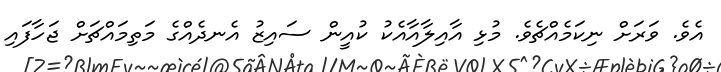
އެވެ. ވަރަށް ނިކަމެއްޗެވެ. މުޅި އާއިލާއާއެކު ކުއީން ސައިޒު އެނދެއްގެ މަތިމައްޗަށް ޖަހާފައި